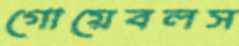
গোয়েবলস